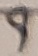
Text: 9